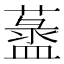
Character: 𦾞